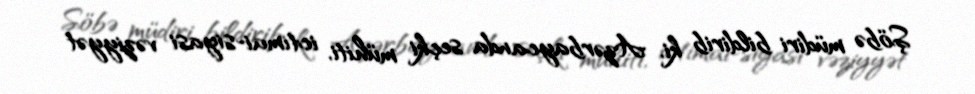
Şöbə müdiri bildirib ki, Azərbaycanda seçki mühiti, ictimai-siyasi vəziyyət